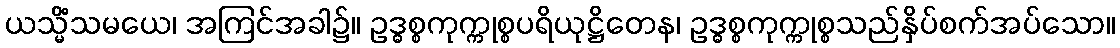
ယသ္မိံသမယေ၊ အကြင်အခါ၌။ ဥဒ္ဓစ္စကုက္ကုစ္စပရိယုဋ္ဌိတေန၊ ဥဒ္ဓစ္စကုက္ကုစ္စသည်နှိပ်စက်အပ်သော။